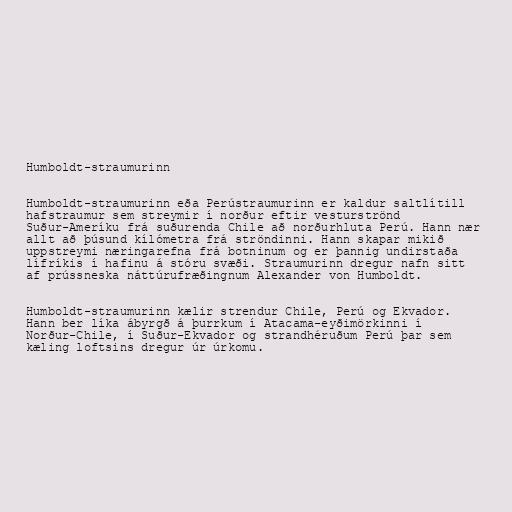
Humboldt-straumurinn

Humboldt-straumurinn eða Perústraumurinn er kaldur saltlítill
hafstraumur sem streymir í norður eftir vesturströnd
Suður-Ameríku frá suðurenda Chile að norðurhluta Perú. Hann nær
allt að þúsund kílómetra frá ströndinni. Hann skapar mikið
uppstreymi næringarefna frá botninum og er þannig undirstaða
lífríkis í hafinu á stóru svæði. Straumurinn dregur nafn sitt
af prússneska náttúrufræðingnum Alexander von Humboldt.

Humboldt-straumurinn kælir strendur Chile, Perú og Ekvador.
Hann ber líka ábyrgð á þurrkum í Atacama-eyðimörkinni í
Norður-Chile, í Suður-Ekvador og strandhéruðum Perú þar sem
kæling loftsins dregur úr úrkomu.